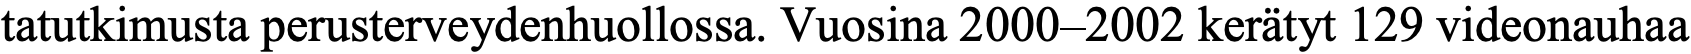
tatutkimusta perusterveydenhuollossa. Vuosina 2000–2002 kerätyt 129 videonauhaa